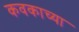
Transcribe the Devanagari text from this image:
कवकाच्या